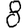
Digit: 8